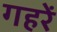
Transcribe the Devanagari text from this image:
गहरें